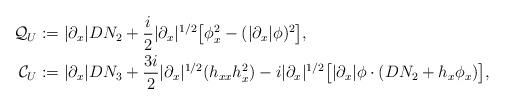
LaTeX: \begin{align*}\mathcal{Q}_U&:=|\partial_x|DN_2+\frac{i}{2}|\partial_x|^{1/2}\big[\phi_x^2-(|\partial_x|\phi)^2\big],\\\mathcal{C}_U&:=|\partial_x|DN_3+\frac{3i}{2}|\partial_x|^{1/2}(h_{xx}h_x^2)-i|\partial_x|^{1/2}\big[|\partial_x|\phi\cdot(DN_2+h_x\phi_x)\big],\end{align*}